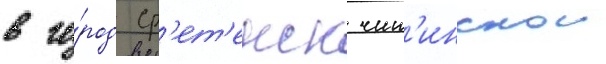
в го́род ср'ет'енск чит'инскои